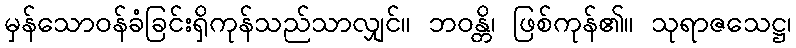
မှန်သောဝန်ခံခြင်းရှိကုန်သည်သာလျှင်။ ဘဝန္တိ၊ ဖြစ်ကုန်၏။ သုရာဇသေဋ္ဌ၊